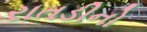
રાતડીનો